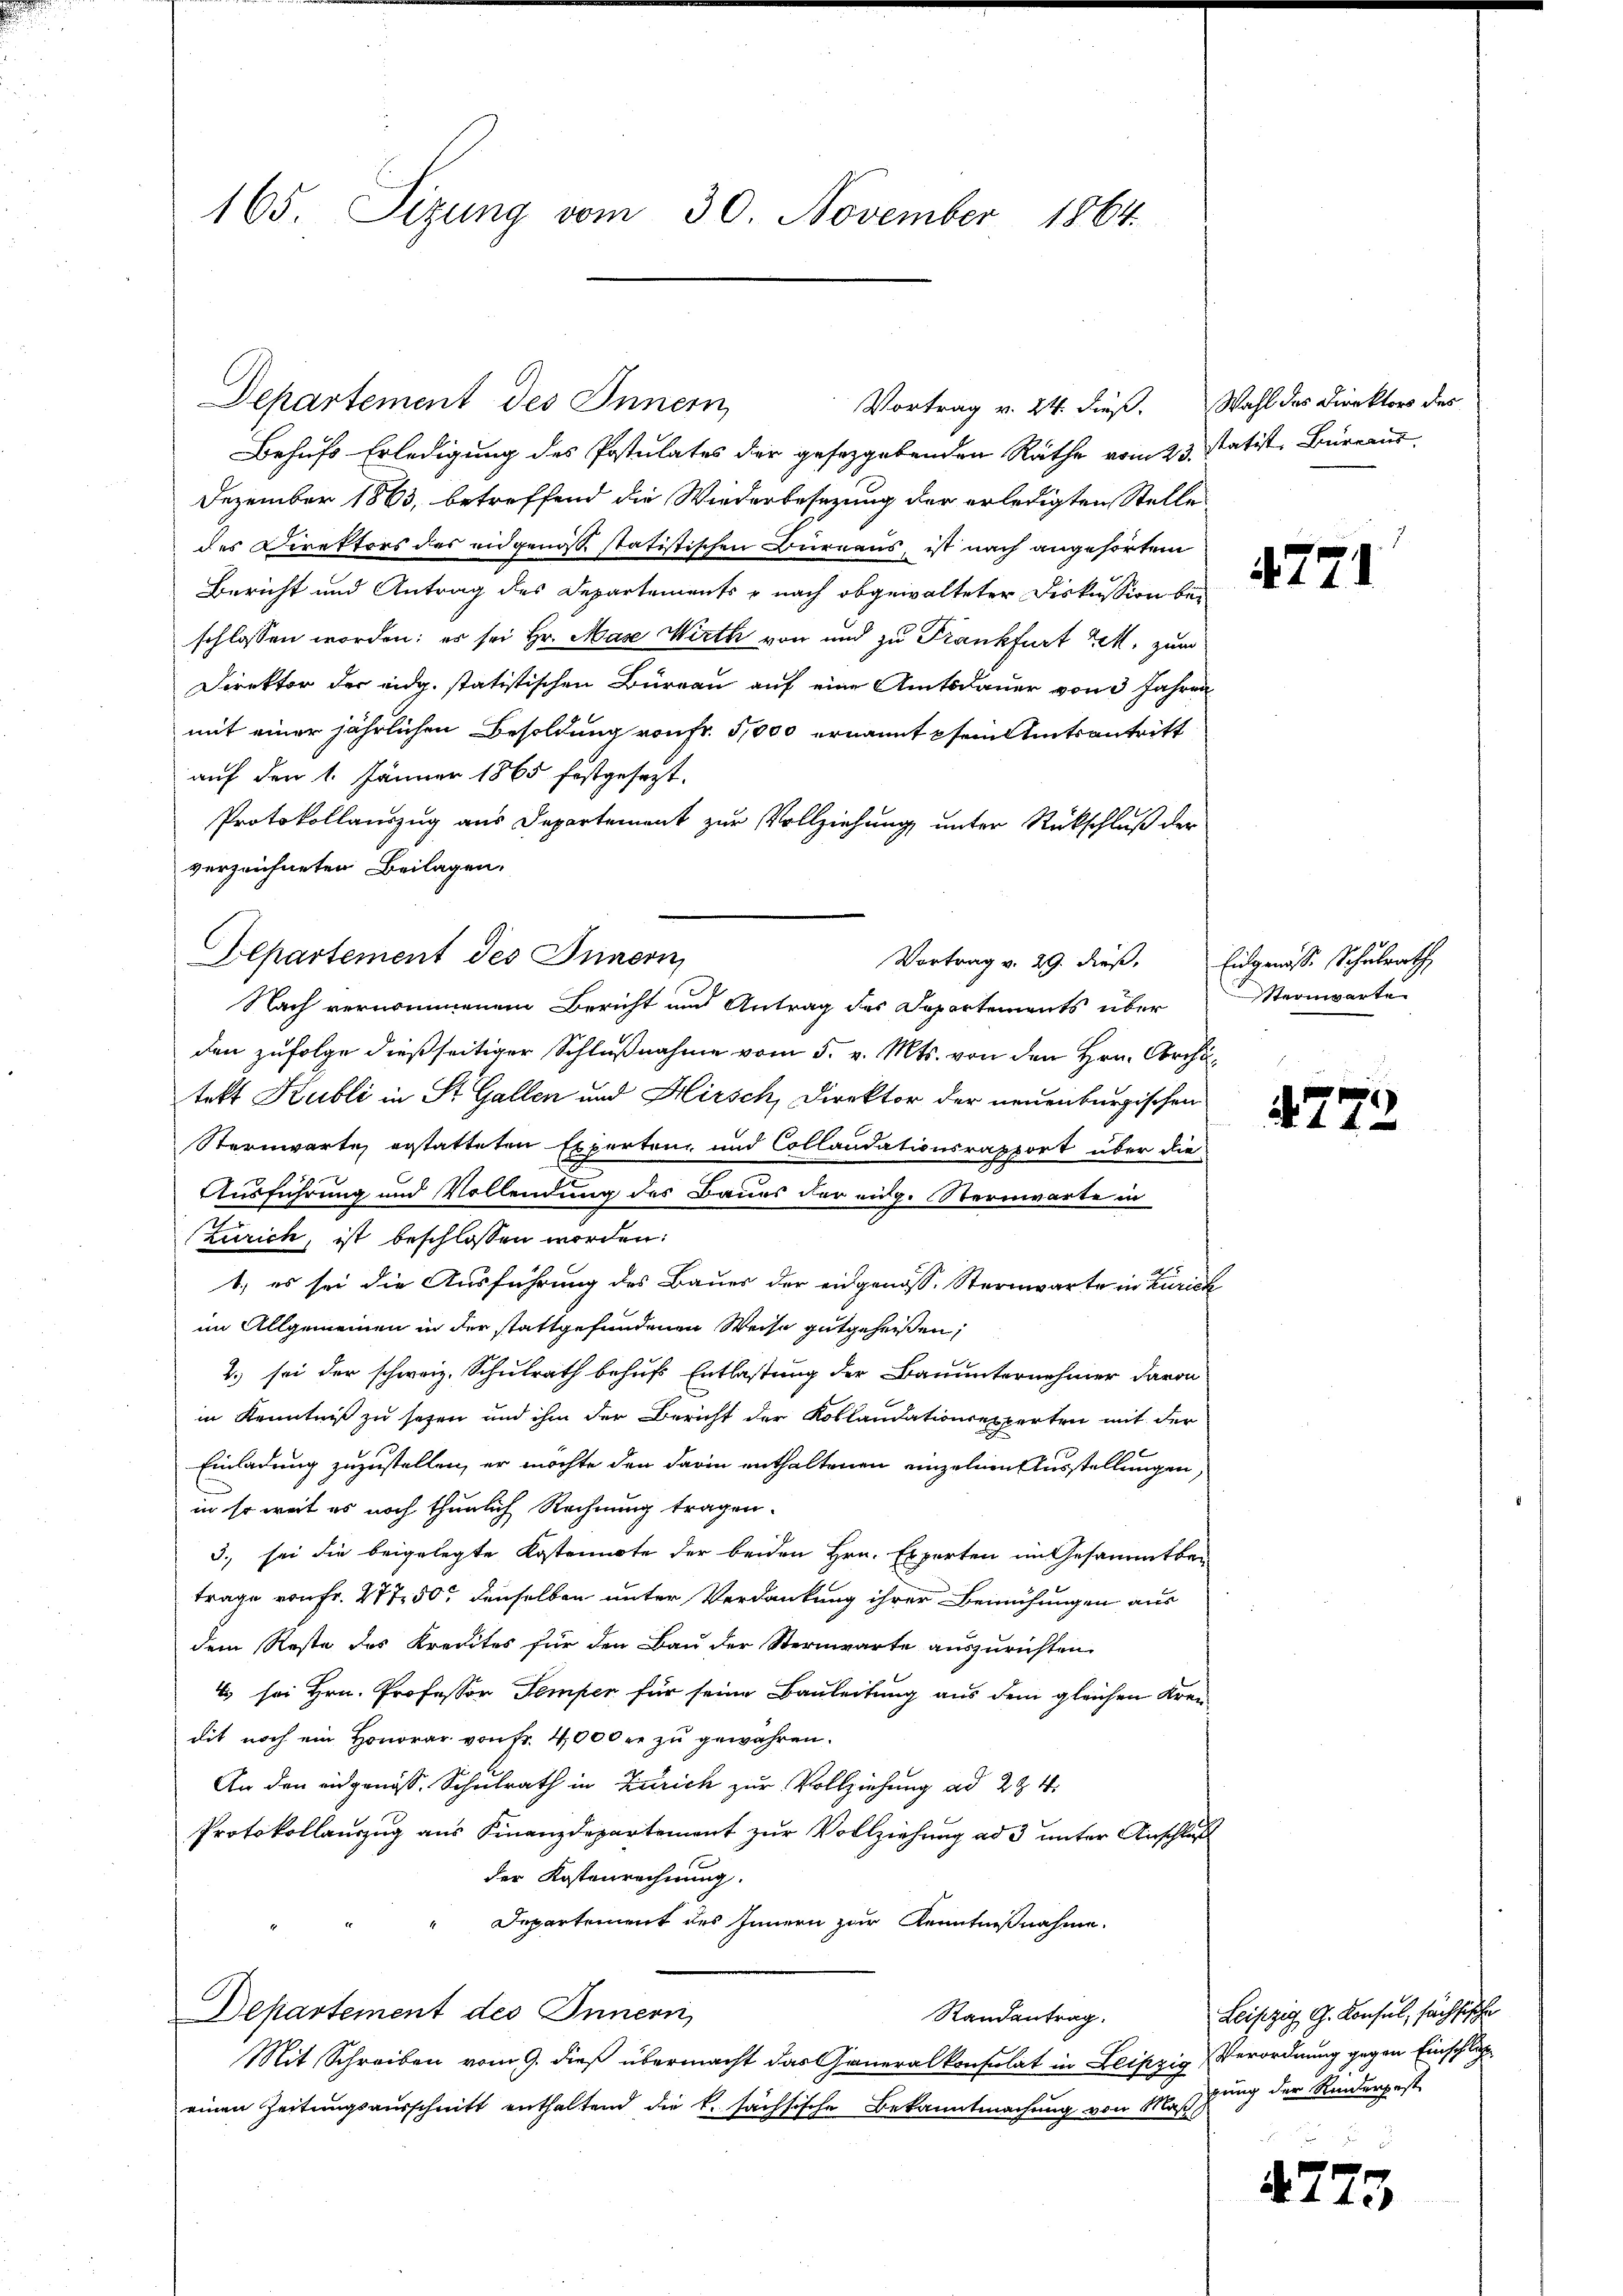
165. Sizung vom 30. November 1864.

Departement des Innern,
Behufs Erledigung des Postulates der gesetzgebenden Räthe vom 23. Statist, Büreaus
Dezember 1863, betreffend die Wiederbesezung der erledigten Stelle
des Direktors des eidgenosse statistischen Bureaus, ist nach angehörtem
Bericht und Antrag des Departements & nach obgewalteter Diskussion bei
schlossen worden; es sei Hr. Mase Wirth von und zu Frankfurt Kett. zum
Direktor der eidg. statistischen Bureau auf eine Amtsdauer von 3 Jahren
mit einer jährlichen Besoldung von Fr. 5,000 ernannt pfein Amtsantritt
auf den 1. Jänner 1865 festgesezt.
Protokollauszug aus Departement zur Vollziehung unter Rückschluß der
verzeichneten Beilagen,
Nach vernommenem Bericht und Antrag des Departements über
den zufolge dießseitiger Schlußnahme vom 5. v. Mts. von den Hrn. Architekt Kubli in St. Gallen und Hirsch, Direktor der neuenburgischen
Sternwarte erstatteten Expertenz und Collaudationsrapport über die
Ausführung und Vollendung des Baues der eidg. Sternwarte in
(Zürich, ist beschlossen worden:
1., es sei die Ausführung des Bauer der eidgenöss. Sternwarte in Zürich
im Allgemeinen in der stattgefundenen Weise gutgeheißen,
2.) sei der schweiz. Schulrath behufs Entlastung der Bauunternehmer davon
in Kenntniß zu sehen und ihm der Bericht der Kollaudationsexperten mit der
Einladung zuzustellen, er möchte den darin enthaltenen einzelnen Ausstellungen,
in so weit es noch thunlich Rechnung tragen.
3., sei die beigelegte Kostennote der beiden Hrn. Experten im Gesammtber
trage von Fr. 277 50 denselben unter Verdankung ihrer Bemühungen aus
dem Reste des Kredites für den Bau der Sternwarte auszurichten.
4 sei Hrn. Professor Temper für seine Bauleitung aus dem gleichen Krei
dit noch ein Honorar von Fr. 4000 r. zu gewähren.
An den eidgenöss. Schulrath in Zürich zur Vollziehung ad 294.
Protokollauszug aus Finanzdepartement zur Vollziehung ad 3 unter Anschluß
der Kostenrechnung.
Departement des Innern zur Kenntnißnahme.
Departement des Innern,
Randantrag.
Mit Schreiben vom 9. dieß übermacht das Generalkonsulat in Leipzig Verordnung gegen Einschluß
einen Zeitungsausschnitt enthaltend die k. sächsische Bekanntmachung von Maß

Elpartement des Innern,
Vortrag v. 29. dieß. Eidgenosse Schulrath

Vortrag v. 24. dieß. Wahl das Direktors des

4771

Sternwarte

1 4

Leipzig G. Konsul, sachsische
rung der Rinderpest

4773